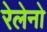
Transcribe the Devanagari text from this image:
रेलेनो